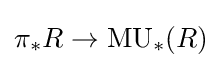
{\textstyle \pi _{\ast }R\to \mathrm {MU} _{\ast }(R)}